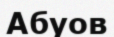
Абуов